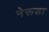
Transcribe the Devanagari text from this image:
नेरूडा